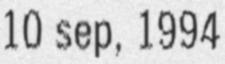
10 sep, 1994